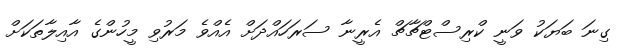
ގިނަ ބަޔަކު ވަނީ ކްރިސްޓްޗާޗް އެރީނާ ސަރަހައްދަށް އެއްވެ މަރުވި މީހުންގެ އާއިލާތަކަށް